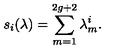
s _ { i } ( \lambda ) = \sum _ { m = 1 } ^ { 2 g + 2 } \lambda _ { m } ^ { i } .